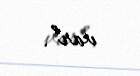
var”.